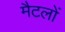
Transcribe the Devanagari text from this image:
मैटलों